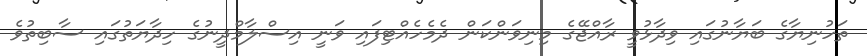
ތަހުނިޔާގެ ބަޔާނުގައި ވިދާޅުވީ ރާއްޖޭގެ މިނިވަންކަން ދެމެހެއްޓިފައި ވަނީ އިސްލާމްދީނުގެ ހިދާޔަތުގައި ސާބިތުވެ